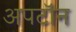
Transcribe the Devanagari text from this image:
अपटॉन